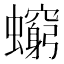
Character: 𧔚